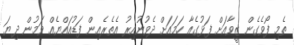
ތެމި ފޯވެގެން ޒީވާއަށް ފަޅުގެއާ ހަމައަށް ދެވުނުއިރު އެތެރެއިން ފަޑުއައްޔެއް ވަމުން ދިޔަ